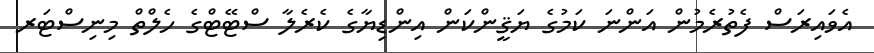
އެވައިރަސް ފެތުރެމުން އަންނަ ކަމުގެ ޔަޤީންކަން އިންޑިޔާގެ ކެރެލާ ސްޓޭޓްގެ ހެލްތް މިނިސްޓަރ